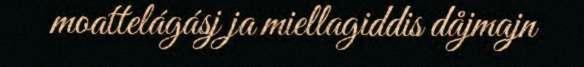
moattelágásj ja miellagiddis dåjmajn